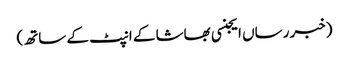
(خبر رساں ایجنسی بھاشا کے انپٹ کے ساتھ)